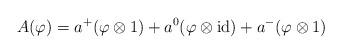
LaTeX: \begin{align*} A(\varphi )= a^+(\varphi \otimes 1) + a^0(\varphi\otimes\operatorname{id}) +a^-(\varphi \otimes 1) \end{align*}